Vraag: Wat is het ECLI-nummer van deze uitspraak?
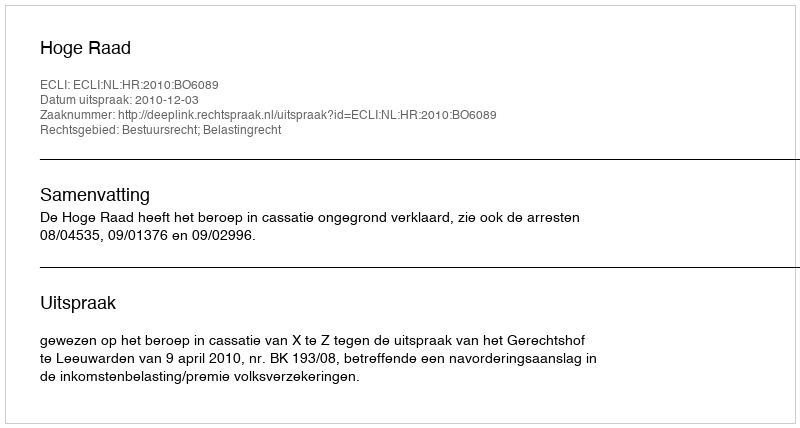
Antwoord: ECLI:NL:HR:2010:BO6089